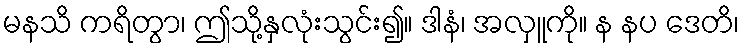
မနသိ ကရိတွာ၊ ဤသို့နှလုံးသွင်း၍။ ဒါနံ၊ အလှူကို။ န နပ ဒေတိ၊